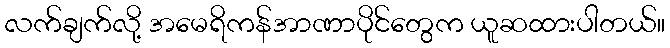
လက်ချက်လို့ အမေရိကန်အာဏာပိုင်တွေက ယူဆထားပါတယ်။